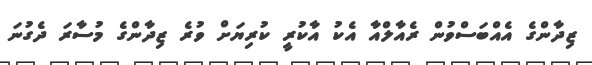
ޒިދާންގެ އެއްބަސްވުން ރެއާލްއާ އެކު އާކުރީ ކުރިޔަށް ވުރެ ޒިދާންގެ މުސާރަ ދެގުނަ